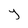
Character: Y